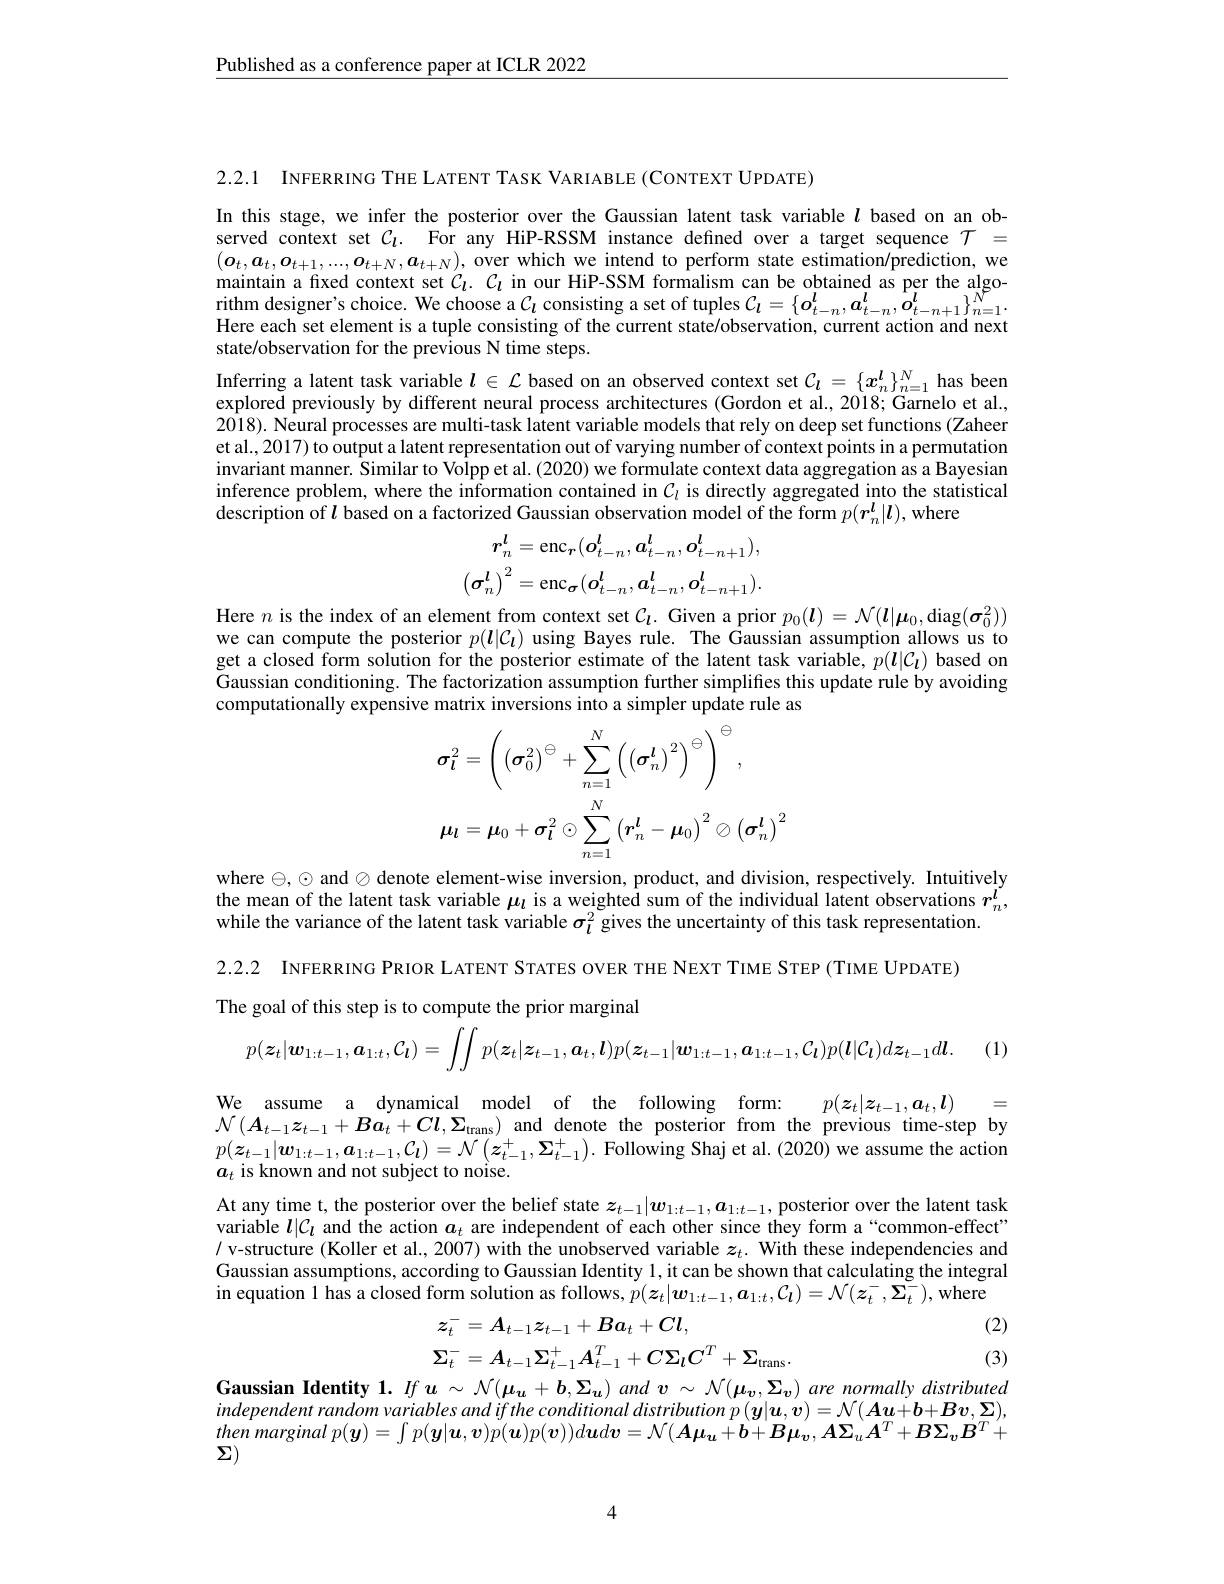
$\underline{\text{Published as a conference paper at ICLR 2022}}$

2.2.1 INFERRING THE LATENT TASK VARIABLE (CONTEXT UPDATE)

In this stage, we infer the posterior over the Gaussian latent task variable $l$ based on an observed context set $C_l.$ For any HiP-RSSM instance defined over a target sequence $\mathcal{T}=$ $(\boldsymbol{o}_t,\boldsymbol{a}_t,\boldsymbol{o}_{t+1},...,\boldsymbol{o}_{t+N},\boldsymbol{a}_{t+N})$, over which we intend to perform state estimation/prediction, we maintain a fixed context set $C_l.C_l$ in our HiP-SSM formalism can be obtained as per the algorithm designer's choice. We choose a $\mathcal{C}_l$ consisting a set of tuples $\mathcal{C}_l=\{o_{t-n}^l,a_{t-n}^l,o_{t-n+1}^l\}_{n=1}^N.$Here each set element is a tuple consisting of the current state/observation, current action and next state/observation for the previous N time steps.
Inferring a latent task variable $l\in\mathcal{L}$ based on an observed context set $\mathcal{C}_l=\{x_n^l\}_{n=1}^N$ has been explored previously by different neural process architectures (Gordon et al, 2018; Garnelo et al, 2018). Neural processes are multi-task latent variable models that rely on deep set functions (Zaheer et al., 2017) to output a latent representation out of varying number of context points in a permutation invariant manner. Similar to Volpp et al. (2020) we formulate context data aggregation as a Bayesian inference problem, where the information contained in $C_l$ is directly aggregated into the statistical description of $l$ based on a factorized Gaussian observation model of the form $p(\boldsymbol{r}_n^l|\boldsymbol{l})$, where
$$\boldsymbol{r}_{n}^{\boldsymbol{l}}=\mathrm{enc}_{\boldsymbol{r}}(\boldsymbol{o}_{t-n}^{\boldsymbol{l}},\boldsymbol{a}_{t-n}^{\boldsymbol{l}},\boldsymbol{o}_{t-n+1}^{\boldsymbol{l}}),\\\left(\boldsymbol{\sigma}_{n}^{\boldsymbol{l}}\right)^{2}=\mathrm{enc}_{\boldsymbol{\sigma}}(\boldsymbol{o}_{t-n}^{\boldsymbol{l}},\boldsymbol{a}_{t-n}^{\boldsymbol{l}},\boldsymbol{o}_{t-n+1}^{\boldsymbol{l}}).$$
Here $n$ is the index of an element from context set $\mathcal{C}_l.$ Given a prior $p_0(\boldsymbol{l})=\mathcal{N}(\boldsymbol{l}|\boldsymbol{\mu}_0$,diag$(\boldsymbol{\sigma}_0^2))$ we can compute the posterior $p(\boldsymbol l|\mathcal{C}_{\boldsymbol{\iota}})$ using Bayes rule. The Gaussian assumption allows us to get a closed form solution for the posterior estimate of the latent task variable, $p(\boldsymbol{l}|\mathcal{C_l})$ based on Gaussian conditioning. The factorization assumption further simpliffes this update rule by avoiding computationally expensive matrix inversions into a simpler update rule as
$$\begin{aligned}&\boldsymbol{\sigma}_{\boldsymbol{l}}^{2}=\left(\left(\boldsymbol{\sigma}_{0}^{2}\right)^{\ominus}+\sum_{n=1}^{N}\left(\left(\boldsymbol{\sigma}_{n}^{\boldsymbol{l}}\right)^{2}\right)^{\ominus}\right)^{\ominus},\\&\boldsymbol{\mu}_{\boldsymbol{l}}=\boldsymbol{\mu}_{0}+\boldsymbol{\sigma}_{\boldsymbol{l}}^{2}\odot\sum_{n=1}^{N}\left(\boldsymbol{r}_{n}^{\boldsymbol{l}}-\boldsymbol{\mu}_{0}\right)^{2}\oslash\left(\boldsymbol{\sigma}_{n}^{\boldsymbol{l}}\right)^{2}\end{aligned}$$
where $\ominus,\odot$ and $\oslash$ denote element-wise inversion, product, and division, respectively. Intuitively the mean of the latent task variable $\mu_l$ is a weighted sum of the individual latent observations $r_n^{l}$, while the variance of the latent task variable $\sigma_l^2$ gives the uncertainty of this task representation.
2.2.2 INFERRING PRIOR LATENT STATES OVER THE NEXT TIME STEP (TIME UPDATE)
The goal of this step is to compute the prior marginal
$$p(\boldsymbol{z}_t|\boldsymbol{w}_{1:t-1},\boldsymbol{a}_{1:t},\mathcal{C}_l)=\int\int p(\boldsymbol{z}_t|\boldsymbol{z}_{t-1},\boldsymbol{a}_t,\boldsymbol{l})p(\boldsymbol{z}_{t-1}|\boldsymbol{w}_{1:t-1},\boldsymbol{a}_{1:t-1},\mathcal{C}_l)p(\boldsymbol{l}|\mathcal{C}_l)d\boldsymbol{z}_{t-1}d\boldsymbol{l}.$$
. (1)

$\begin{array}{lll}\mathrm{We~assume~a~dynamical~model~of~the~following~form:~}&p(z_t|z_{t-1},a_t,\boldsymbol{l})&=\\\mathcal{N}\left(A_{t-1}z_{t-1}+Ba_t+Cl,\Sigma_\text{trans}\right)\mathrm{~and~denote~the~posterior~from~the~previous~time-step~by}\end{array}$

$p(\boldsymbol{z}_{t-1}|\boldsymbol{w}_{1:t-1},\boldsymbol{a}_{1:t-1},\mathcal{C}_{l})=\mathcal{N}\left(\boldsymbol{z}_{t-1}^{+},\boldsymbol{\Sigma}_{t-1}^{+}\right).$ Following Shaj et al. (2020) we assume the action
$a_t$ is known and not subject to noise.

At any time t, the posterior over the belief state $z_t-1|w_{1:t-1},a_{1:t-1}$, posterior over the latent task variable $l|\mathcal{C}_t$ and the action $a_t$ are independent of each other since they form a“common-effect” / v-structure (Koller et al., 2007) with the unobserved variable $z_t.$ With these independencies and Gaussian assumptions, according to Gaussian Identity 1, it can be shown that calculating the integral in equation l has a closed form solution as follows, $\dot{p}(\boldsymbol z_t|\boldsymbol{w}_{1:t-1},\boldsymbol{a}_{1:t},\mathcal{C}_{\boldsymbol{l}})=\mathcal{N}(\boldsymbol{z}_t^-,\tilde{\Sigma}_t^-)$, where
$z_t^-=A_{t-1}z_{t-1}+Ba_t+Cl$,
(2)
$$\Sigma_{t}^{-}=A_{t-1}\Sigma_{t-1}^{+}A_{t-1}^{T}+C\Sigma_{l}C^{T}+\Sigma_{\mathrm{trans}}.$$
(3)

Gaussian Identity $1.Ifu\sim\mathcal{N}(\boldsymbol{\mu_u}+\boldsymbol{b},\boldsymbol{\Sigma_u})$ and $\boldsymbol v\sim\mathcal{N}(\boldsymbol{\mu_v},\boldsymbol{\Sigma_v})$ are normally distributed $independentrandomvariablesandiftheconditionaldistributionp(\boldsymbol{y}|\boldsymbol{u},\boldsymbol{v})=\mathcal{N}(\boldsymbol{Au}+\boldsymbol{b}+\boldsymbol{Bv},\boldsymbol{\Sigma})$, then marginal $p(\boldsymbol{y})=\int p(\boldsymbol{y}|\boldsymbol{u},\boldsymbol{v})p(\boldsymbol{u})p(\boldsymbol{v}))d\boldsymbol{u}d\boldsymbol{v}=\mathcal{N}(\boldsymbol{A}\boldsymbol{\mu}_\boldsymbol{u}+\boldsymbol{b}+\boldsymbol{B}\boldsymbol{\mu}_\boldsymbol{v},\boldsymbol{A}\boldsymbol{\Sigma}_u\boldsymbol{A}^T+\boldsymbol{B}\boldsymbol{\Sigma}_\boldsymbol{v}\boldsymbol{B}^T+$ $\Sigma)$

4